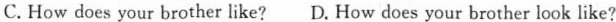
C.How does your brother like? D.How does your brother look like?